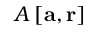
\boldsymbol { A } \left[ \mathbf { a } , \mathbf { r } \right]